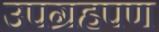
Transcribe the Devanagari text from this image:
उपग्रहपण